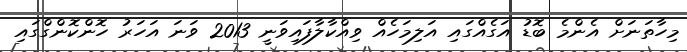
މިހާތަނަށް އެންމެ ބޮޑު އަގެއްގައި އަލިމަހެއް ވިއްކާލާފައިވަނީ 2013 ވަނަ އަހަރު ހޮންކޮންގްގައި